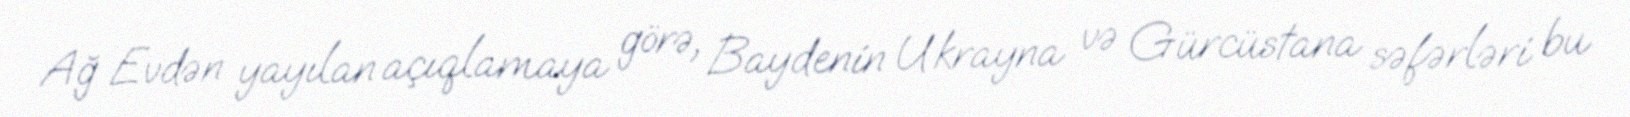
Ağ Evdən yayılan açıqlamaya görə, Baydenin Ukrayna və Gürcüstana səfərləri bu